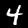
Digit: 4